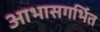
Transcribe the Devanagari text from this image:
आभासगर्भित